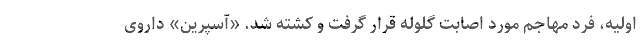
اولیه، فرد مهاجم مورد اصابت گلوله قرار گرفت و کشته شد. «آسپرین» داروی